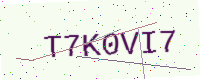
Text: T7K0VI7